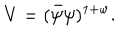
V = ( \bar { \psi } \psi ) ^ { 1 + w } .